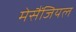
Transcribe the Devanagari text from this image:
मेसैंजियल